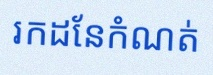
រកដែនកំណត់